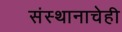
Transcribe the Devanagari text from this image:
संस्थानाचेही